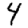
Digit: 4